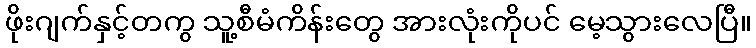
ဖိုးဂျက်နှင့်တကွ သူ့စီမံကိန်းတွေ အားလုံးကိုပင် မေ့သွားလေပြီ။